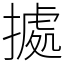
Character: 㨿